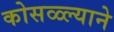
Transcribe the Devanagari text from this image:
कोसळ्ल्याने